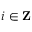
i \in \mathbf { Z }